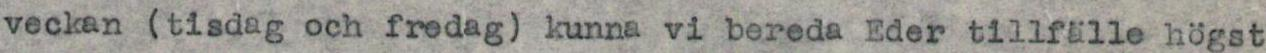
veckan (tisdag och fredag) kunna vi bereda Eder tillfälle högst